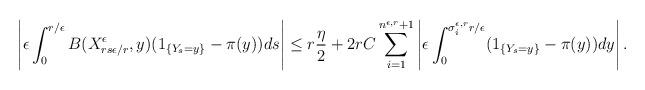
LaTeX: \begin{align*}\left|\epsilon\int_0^{r/\epsilon}B(X_{rs\epsilon/r}^\epsilon,y)(1_{\{Y_{s}=y\}}-\pi(y))ds\right|\leq r\frac{\eta}{2}+2rC\sum_{i=1}^{n^{\epsilon,r}+1}\left|\epsilon\int_0^{\sigma_i^{\epsilon,r}r/\epsilon}(1_{\{Y_{s}=y\}}-\pi(y))dy\right|.\end{align*}